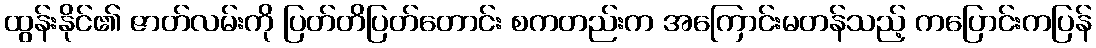
ထွန်းနိုင်၏ ဇာတ်လမ်းကို ပြတ်တိပြတ်တောင်း စကတည်းက အကြောင်းမတန်သည့် ကပြောင်းကပြန်